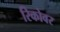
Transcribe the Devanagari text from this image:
रिकोवर